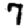
Digit: 7